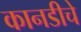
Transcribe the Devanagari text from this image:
कानडीचे